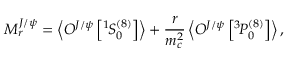
M _ { r } ^ { J / \psi } = \left\langle { \cal O } ^ { J / \psi } \left[ { } ^ { 1 } \! S _ { 0 } ^ { ( 8 ) } \right] \right\rangle + \frac { r } { m _ { c } ^ { 2 } } \left\langle { \cal O } ^ { J / \psi } \left[ { } ^ { 3 } \! P _ { 0 } ^ { ( 8 ) } \right] \right\rangle ,